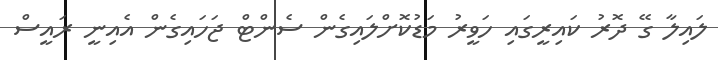
ލައިލާ ގޭ ދޮރު ކައިރީގައި ހަވީރު މަޑުކޮށްލައިގެން ސެންޓް ޖަހައިގެން އެއިނީ ރައީސް